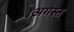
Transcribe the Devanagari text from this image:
।अगस्त